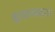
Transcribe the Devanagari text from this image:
मूर्च्छनामरण